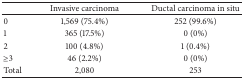
<table><thead><tr><td><b> </b></td><td><b>Invasive carcinoma</b></td><td><b>Ductal carcinoma in situ</b></td></tr></thead><tbody><tr><td>0</td><td>1,569 (75.4%)</td><td>252 (99.6%)</td></tr><tr><td>1</td><td>365 (17.5%)</td><td>0 (0%)</td></tr><tr><td>2</td><td>100 (4.8%)</td><td>1 (0.4%)</td></tr><tr><td>≥3</td><td>46 (2.2%)</td><td>0 (0%)</td></tr><tr><td>Total</td><td>2,080</td><td>253</td></tr></tbody></table>